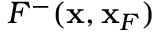
F ^ { - } ( { \bf x } , { \bf x } _ { F } )